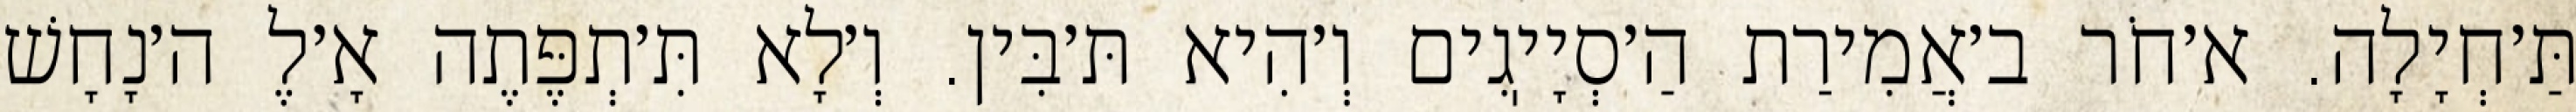
תַּ׳חְיָלָה. א׳חֹר ב׳אֲמִירַת הַ׳סְיָיֽגִים וְ׳הִיא תּ׳בִּין. וְ׳לָא תִּ׳תְפֶּתֶה אָ׳לֶ ה׳נָחָשׁ